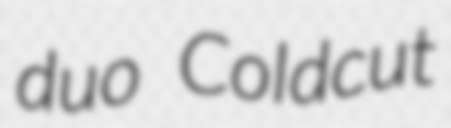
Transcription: duo Coldcut